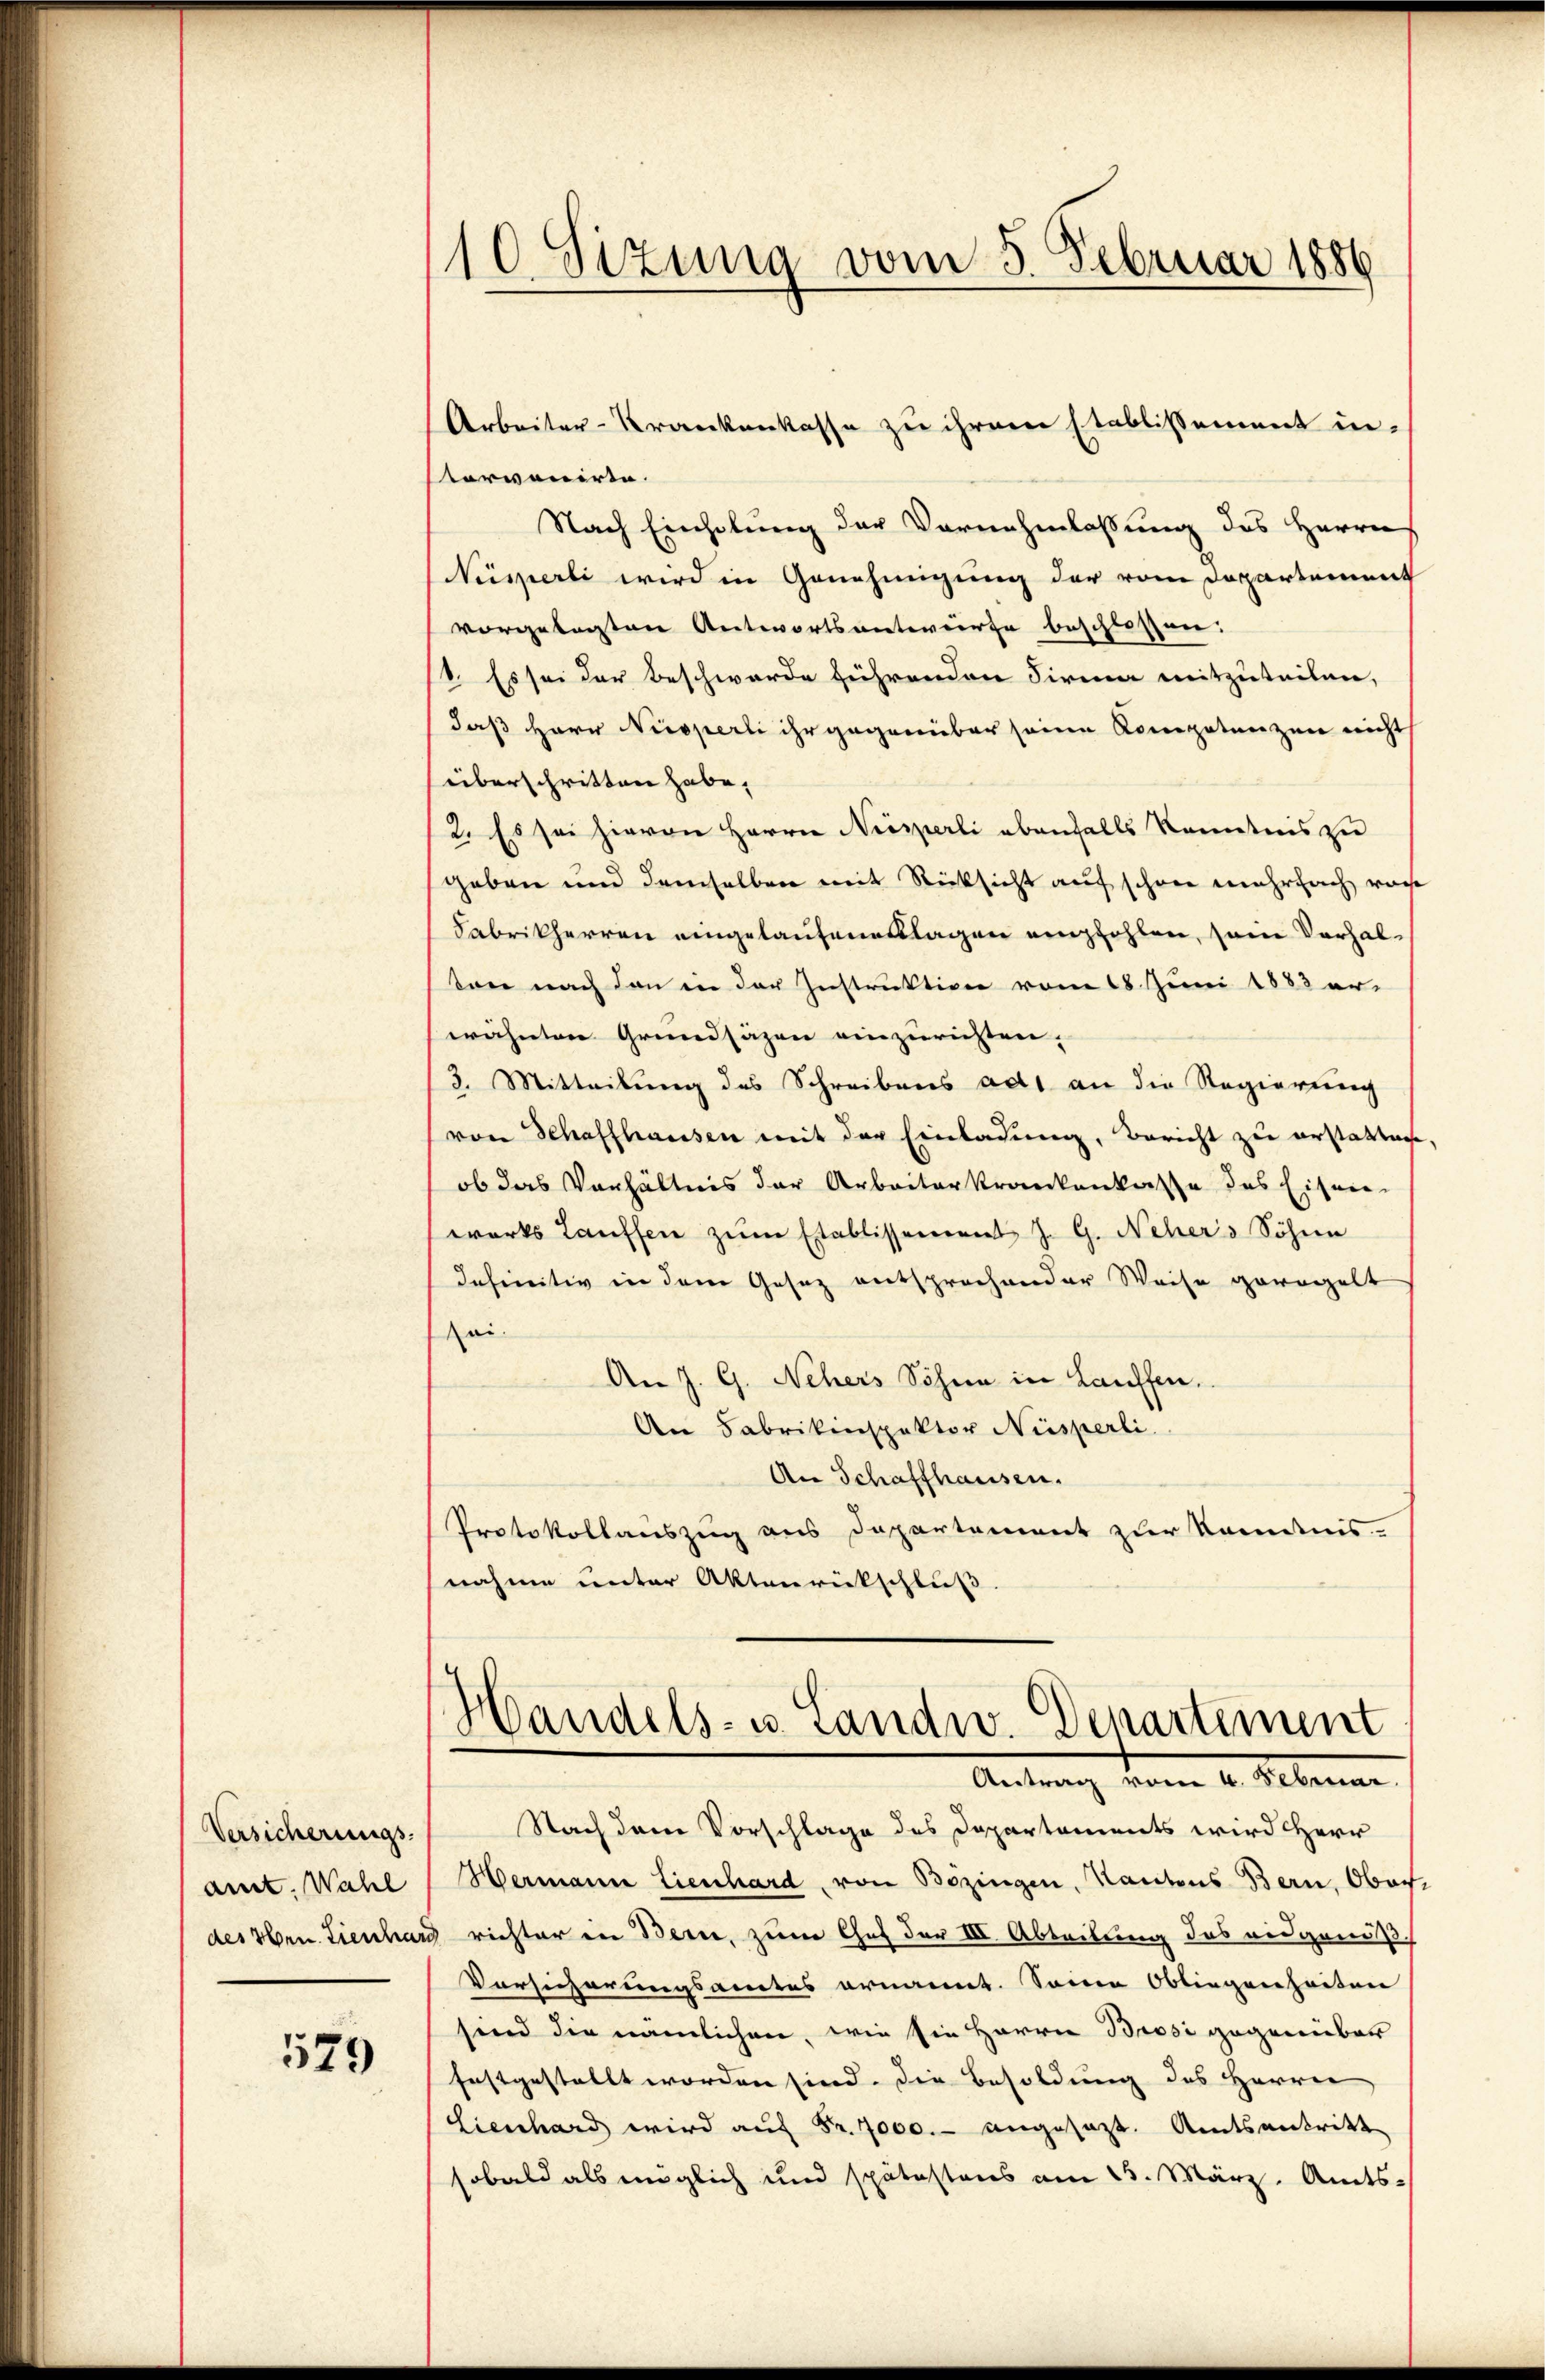
Versicherungs-
amt. Wahl
des Hrn. Lienhard

579

10 Sizung vom 5. Februar 1886

Porvonirte.
Nach Einholung der Vornahmlassung des Herrs
Neisserli wird in Genehmigung der vom Departement
vorgelegten Antwortsentwurfe beschlossen:
1. Es sei der Beschwerde führenden Firma mitzuteilen,
daß Herr Nicoperli ihr gegenüber seine Kompetenzen nicht
überschritten habe.
2. Es sei hievon Herrn Niesperli ebenfalls kanntnis zu
geben und demselben mit Rücksicht auf schon mehrfach ware
Fabrikherren eingelaufenesslagen empfohlen, sein Verhaltone nach den in der Instruktion vom 18. Juni 1883 er-
wähnten Grundsäzen einzurichten,
3. Mitteilung des Schreibens ad an die Regierung
von Schaffhausen mit der Einladung, Bericht zu erstatten
ob das Verhältnis der Arbeiterkrankenkasse des Eisen-
wärts Lauffen zŭm Etablissement J. G. Nehers Söhne
Iefinitiv in dem Gesez entsprochender Weise geregelt
Roi.
An J. G. Nehers Söhne in Lauffen.
An Fabrikinspektor Nüsperli
An Schaffhausen.
Protokollauszug aus Departement zur Kenntnis-
nahme unter Aktenrückschluß
Handels- u. Landw. Departement
Antrag vom 1. Februar
Nach dem Vorschlage des Departements wird Herr
Hermann Lienhard, von Bözingen, Kantons Bern, Ober
richter in Bern, zum Chef der III. Abteilung des eidgenöß
Vorsicherungsamtes ernannt. Sonne Obliegenheiten
sind die nämlichen, wie sie Herrn Brosi gegenüber
festgestellt worden sind. Die Besoldung des Herrn
Lienhard wird auf Fr. 7000.- angesezt. Amtsantritt
sobald als möglich und spätestens am 15. März. Amts-

Arbeiter-Krankenkasse zu ihrem Etablissement in¬